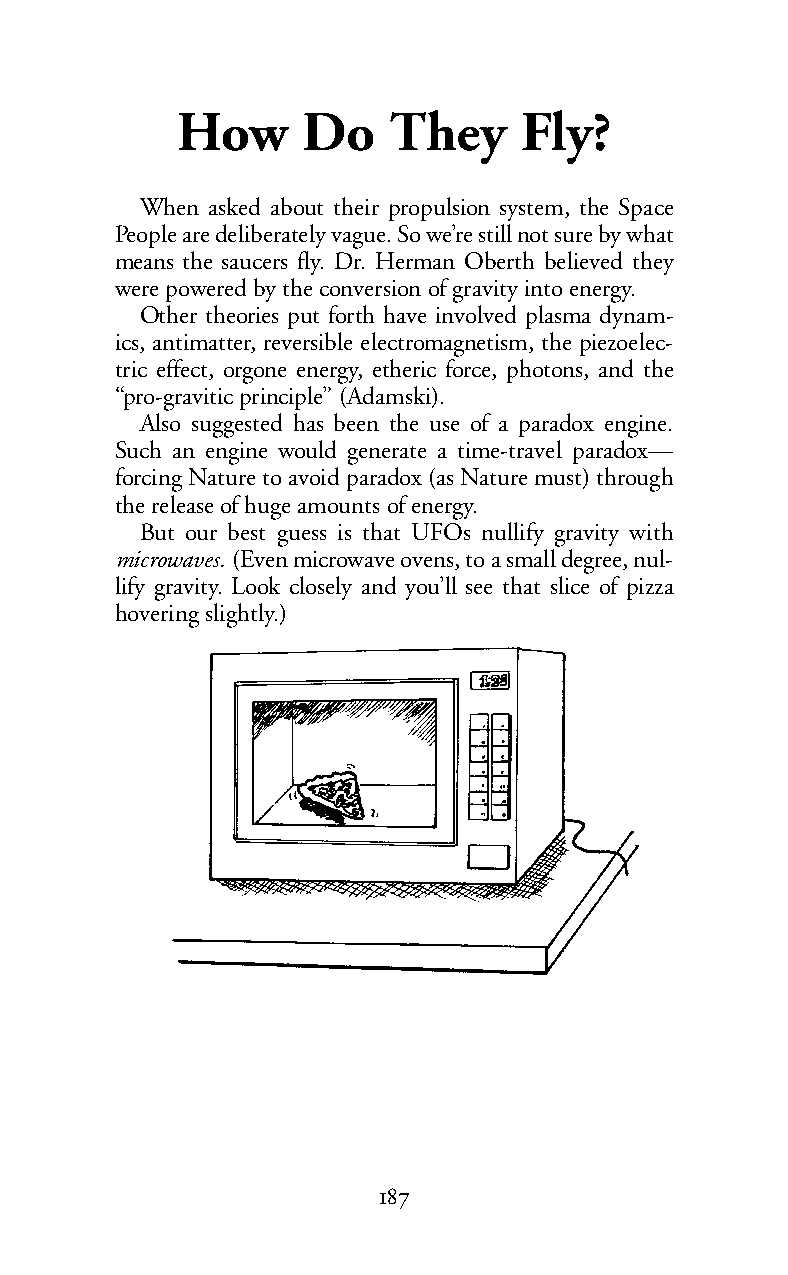
How     Do    They    Fly?
 When asked about their propulsion system, the Space
 People are deliberately vague. So we’re still not sure by what
 means the saucers fly. Dr. Herman Oberth believed they
 were powered by the conversion of gravity into energy.
 Other theories put forth have involved plasma dynam-
 ics, antimatter, reversible electromagnetism, the piezoelec-
 tric effect, orgone energy, etheric force, photons, and the
 “pro-gravitic principle” (Adamski).
 Also suggested has been the use of a paradox engine.
 Such an engine would generate a time-travel paradox—
 forcing Nature to avoid paradox (as Nature must) through
 the release of huge amounts of energy.
 But our best guess is that UFOs nullify gravity with
 microwaves. (Even microwave ovens, to a small degree, nul-
 lify gravity. Look closely and you’ll see that slice of pizza
 hovering slightly.)
 